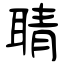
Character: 聙